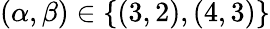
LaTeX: (\alpha,\beta)\in\{ (3,2),(4,3)\}